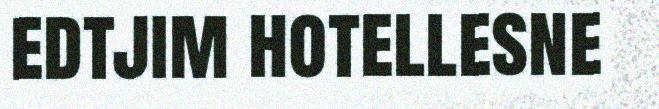
edtjim hotellesne